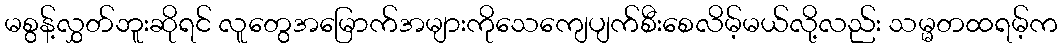
မစွန့်လွှတ်ဘူးဆိုရင် လူတွေအမြောက်အများကိုသေကျေပျက်စီးစေလိမ့်မယ်လို့လည်း သမ္မတထရမ့်က